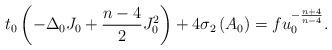
LaTeX: \begin{align*}t_{0}\left( -\Delta _{0}J_{0}+\frac{n-4}{2}J_{0}^{2}\right) +4\sigma_{2}\left( A_{0}\right) =fu_{0}^{-\frac{n+4}{n-4}}. \end{align*}